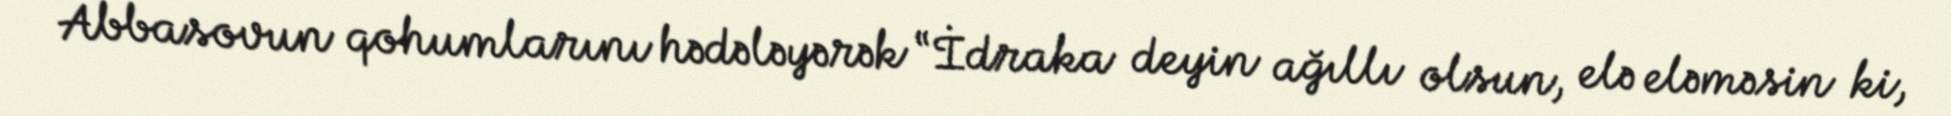
Abbasovun qohumlarını hədələyərək “İdraka deyin ağıllı olsun, elə eləməsin ki,